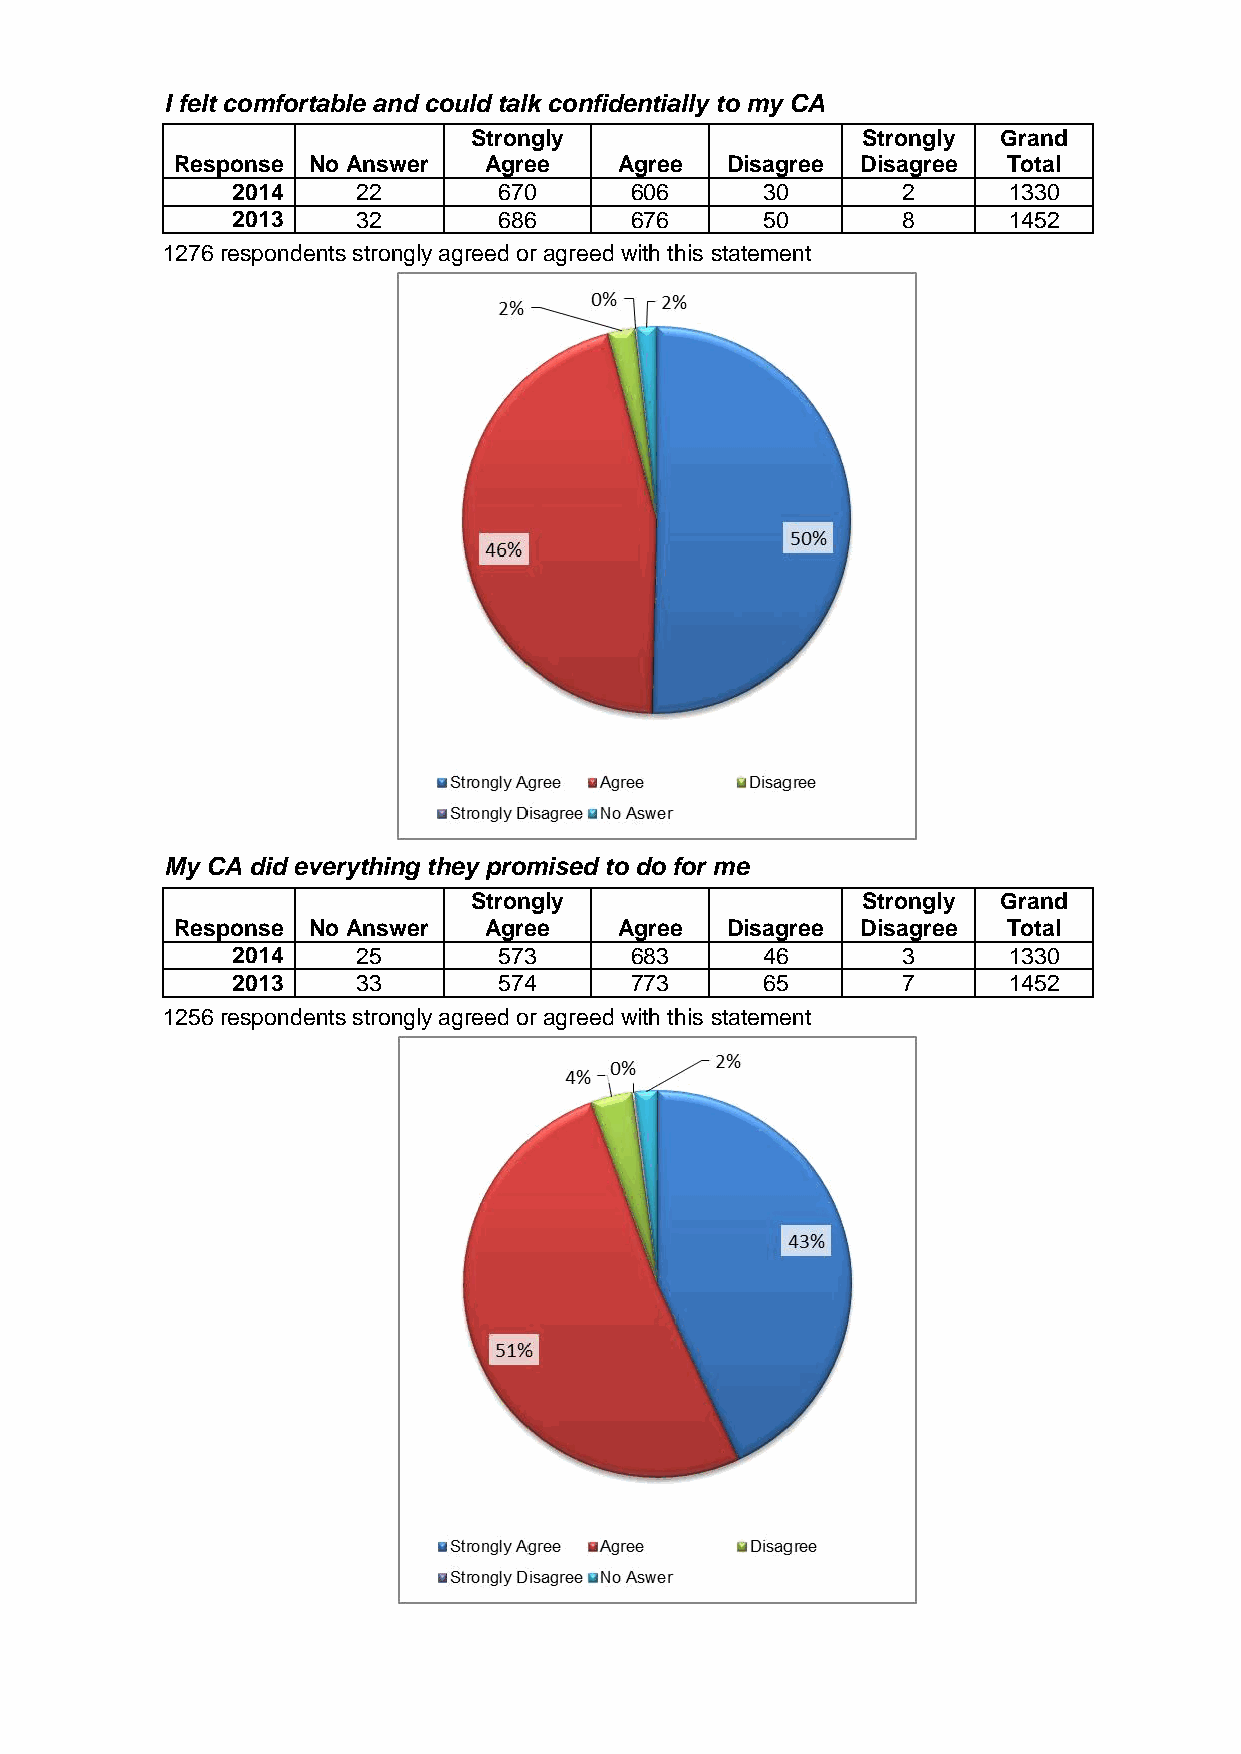
I felt comfortable and could talk confidentially to my CA
 Strongly                  Strongly Grand
 Response No Answer  Agree    Agree  Disagree Disagree  Total
 2014     22       670      606     30        2      1330
 2013     32       686      676     50        8      1452
 1276 respondents strongly agreed or agreed with this statement
 My CA did everything they promised to do for me
 Strongly                  Strongly Grand
 Response No Answer  Agree    Agree  Disagree Disagree  Total
 2014     25       573      683     46        3      1330
 2013     33       574      773     65        7      1452
 1256 respondents strongly agreed or agreed with this statement